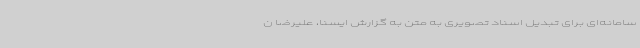
سامانه‌ای برای تبدیل اسناد تصویری به متن به گزارش ایسنا، علیرضا ن